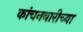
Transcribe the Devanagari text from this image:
कांचनबारीच्या